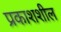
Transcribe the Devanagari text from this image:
प्रकाशशील